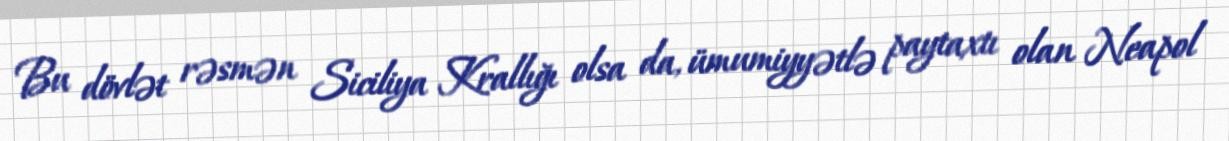
Bu dövlət rəsmən Siciliya Krallığı olsa da, ümumiyyətlə paytaxtı olan Neapol